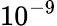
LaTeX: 10^{-9}